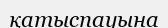
қатыспауына